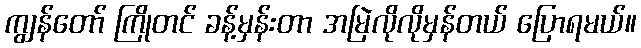
ကျွန်တော် ကြိုတင် ခန့်မှန်းတာ အမြဲလိုလိုမှန်တယ် ပြောရမယ်။